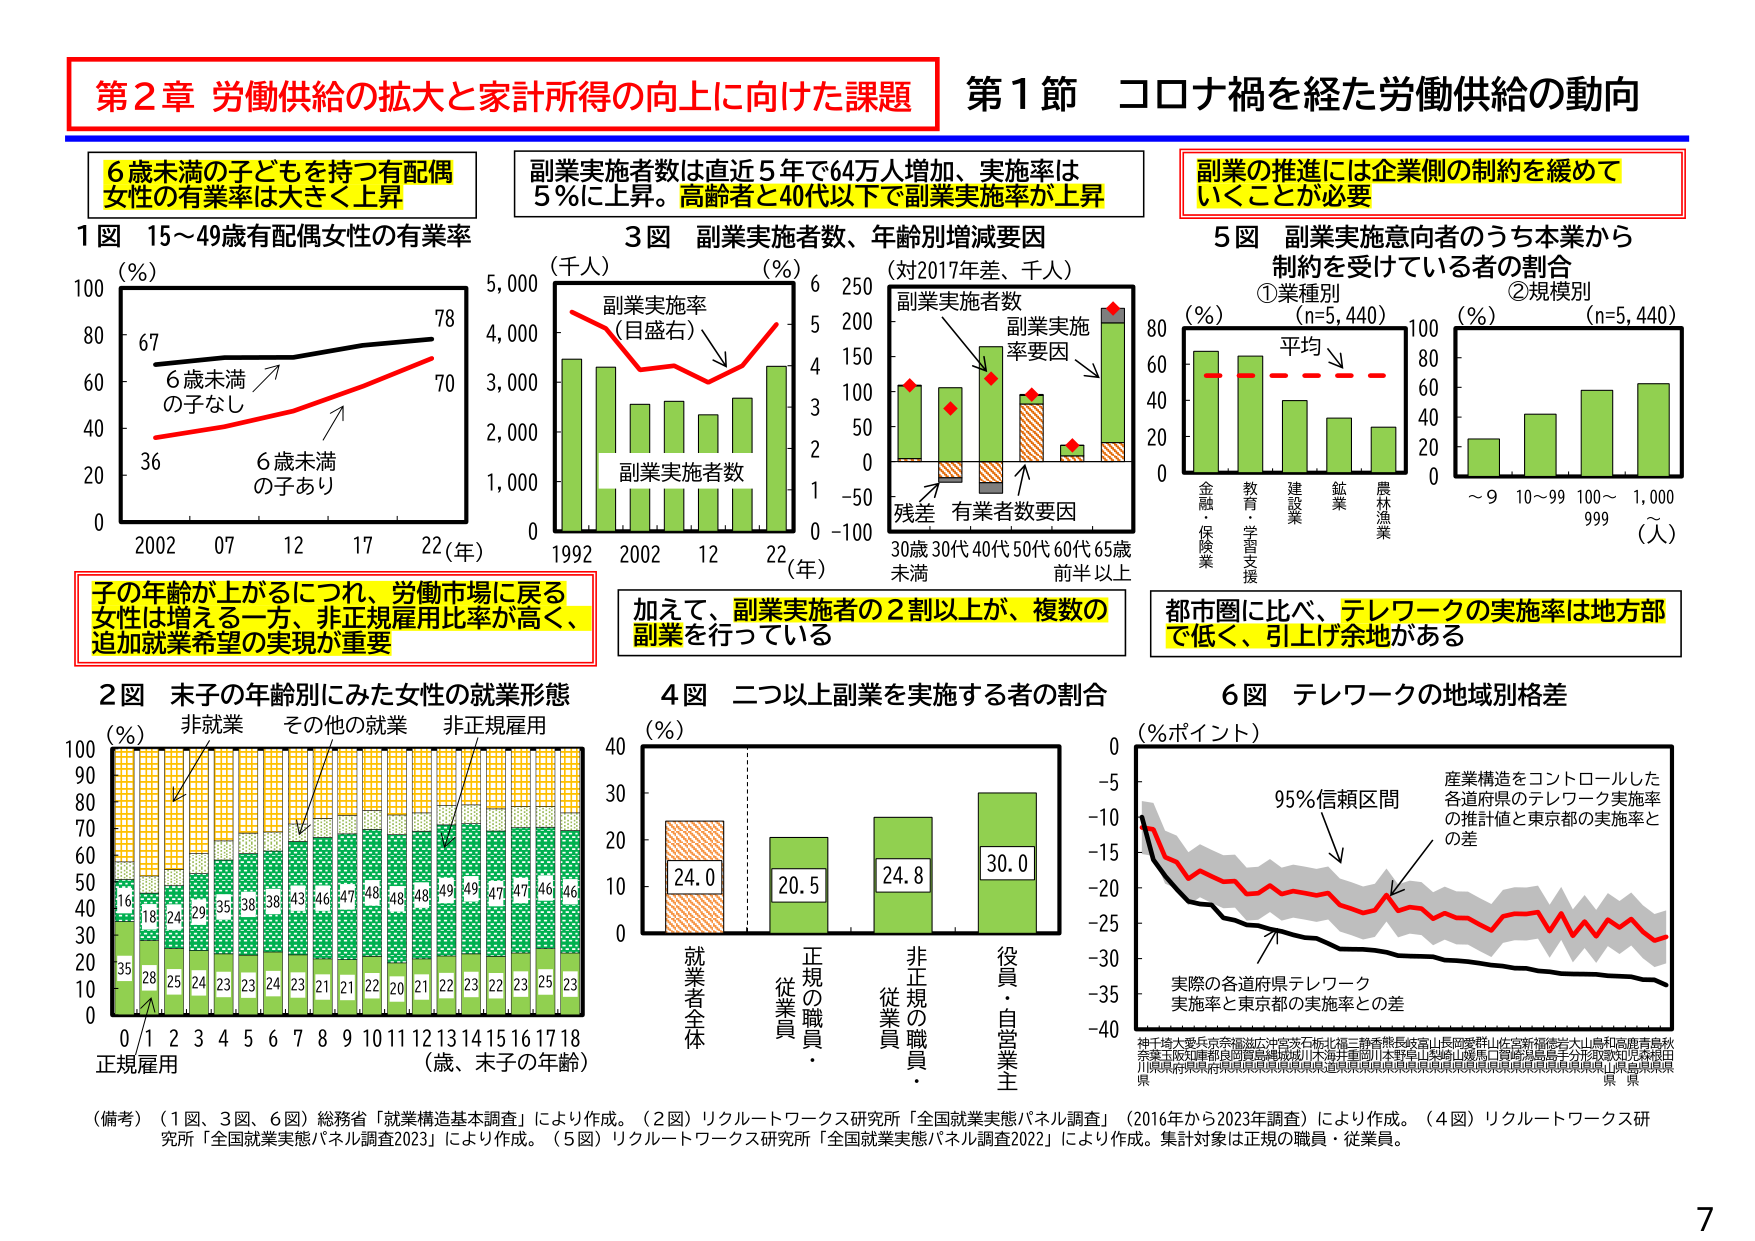
第2章 労働供給の拡大と家計所得の向上に向けた課題
第1節 コロナ禍を経た労働供給の動向

6歳未満の子どもを持つ有配偶女性の有業率は大きく上昇
副業実施者数は直近5年で64万人増加、実施率は5％に上昇。高齢者と40代以下で副業実施率が上昇
副業の推進には企業側の制約を緩めていくことが必要

1図 15～49歳有配偶女性の有業率
（％）
67 78
6歳未満の子なし
36 70
6歳未満の子あり
2002 07 12 17 22（年）

3図 副業実施者数、年齢別増減要因
（千人）（％）（対2017年差、千人）
副業実施率（目盛右）
副業実施者数
副業実施率要因
残差 有業者数要因
30歳未満 30代 40代 50代 60代 65歳前年以上
1992 2002 12 22（年）

5図 副業実施意向者のうち本業から制約を受けている者の割合
①業種別（n=5,440）②規模別（n=5,440）
（％）（％）
平均
金融・保険業 教育・学習支援 建設業 鉱業 農林漁業
～9 10～99 100～999 1,000（人）

子の年齢が上がるにつれ、労働市場に戻る女性は増える一方、非正規雇用比率が高く、追加就業希望の実現が重要
加えて、副業実施者の2割以上が、複数の副業を行っている
都市圏に比べ、テレワークの実施率は地方部で低く、引上げ余地がある

2図 末子の年齢別にみた女性の就業形態
（％）
非就業 その他の就業 非正規雇用
100
90
80
70
60
50
40
30
20
10
0
16 18 24 29 35 38 43 46 47 48 48 49 49 47 46 46
35 28 25 24 23 23 24 23 21 22 20 21 22 23 22 23 25 23
0 1 2 3 4 5 6 7 8 9 10 11 12 13 14 15 16 17 18（歳、末子の年齢）
正規雇用

4図 二つ以上副業を実施する者の割合
（％）
24.0 20.5 24.8 30.0
就業者全体 正規の職員・従業員 非正規の職員・従業員 役員・自営業主

6図 テレワークの地域別格差
（％ポイント）
95％信頼区間
産業構造をコントロールした各道府県のテレワーク実施率の推計値と東京都の実施率との差
実際の各道府県テレワーク実施率と東京都の実施率との差
神奈川県 埼玉県 千葉県 東京都 福島県 茨城県 栃木県 群馬県 埼玉県 長野県 新潟県 富山県 石川県 福井県 岐阜県 静岡県 愛知県 三重県 滋賀県 京都府 大阪府 兵庫県 奈良県 和歌山県 鳥取県 島根県 岡山県 広島県 山口県 徳島県 香川県 愛媛県 高知県 福岡県 佐賀県 長崎県 熊本県 大分県 宮崎県 鹿児島県 沖縄県

（備考）（1図、3図、6図）総務省「就業構造基本調査」により作成。（2図）リクルートワークス研究所「全国就業実態パネル調査」（2016年から2023年調査）により作成。（4図）リクルートワークス研究所「全国就業実態パネル調査2023」により作成。（5図）リクルートワークス研究所「全国就業実態パネル調査2022」により作成。集計対象は正規の職員・従業員。

7